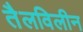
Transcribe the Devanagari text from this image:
तैलविलीन